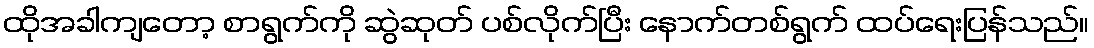
ထိုအခါကျတော့ စာရွက်ကို ဆွဲဆုတ် ပစ်လိုက်ပြီး နောက်တစ်ရွက် ထပ်ရေးပြန်သည်။